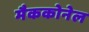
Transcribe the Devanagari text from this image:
मैककोनेल